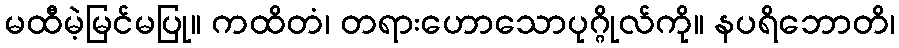
မထီမဲ့မြင်မပြု။ ကထိတံ၊ တရားဟောသောပုဂ္ဂိုလ်ကို။ နပရိဘောတိ၊